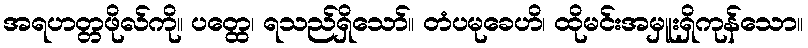
အရဟတ္တဖိုလ်ကို။ ပတ္ထေ၊ ရသည်ရှိသော်။ တံပမုခေဟိ၊ ထိုမင်းအမှူးရှိကုန်သော။